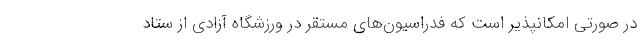
در صورتی امکانپذیر است که فدراسیون‌های مستقر در ورزشگاه آزادی از ستاد